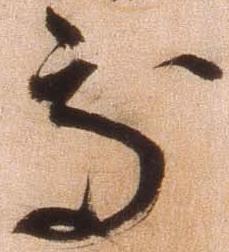
処